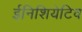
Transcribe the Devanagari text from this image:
ईनिशियेटिव